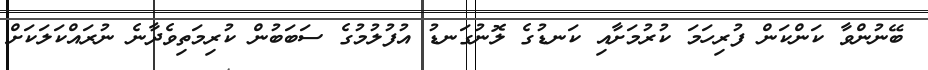
ބޭނުންވާ ކަންކަން ފުރިހަމަ ކުރުމަށާއި ކަނޑުގެ ލޮނުގަނޑު އުފުލުމުގެ ސަބަބުން ކުރިމަތިވެދާނެ ނުރައްކަލަކަށް